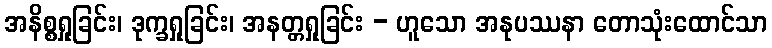
အနိစ္စရှုခြင်း၊ ဒုက္ခရှုခြင်း၊ အနတ္တရှုခြင်း - ဟူသော အနုပဿနာ တောသုံးထောင်သာ